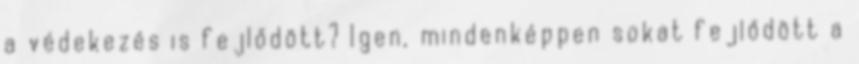
a védekezés is fejlődött? Igen, mindenképpen sokat fejlődött a